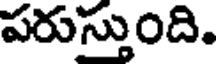
పరుస్తుంది.